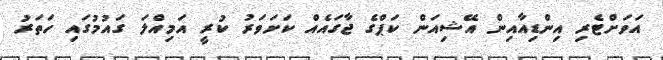
އަވަށްޓެރި އިންޑިއާއިން އޭޝިއަން ކަޕްގެ ޖާގައެއް ކަށަވަރު ކުރީ އަމިއްލަ ގައުމުގައި ހަތަރު